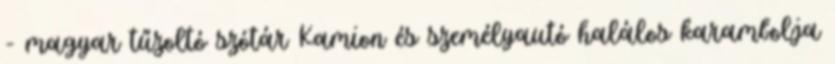
- magyar tűzoltó szótár Kamion és személyautó halálos karambolja